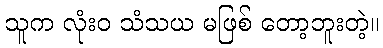
သူက လုံးဝ သံသယ မဖြစ် တော့ဘူးတဲ့။